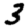
Digit: 3